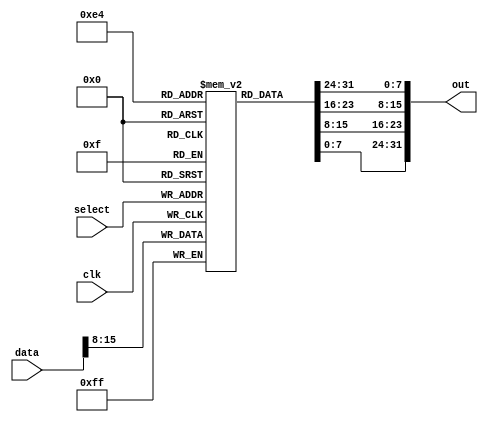
module always_lval_signal_select(
	input         clk,
	input  [1:0]  select,
	input  [15:0] data,
	output [31:0] out
);

reg [7:0] mem [3:0];

always @(posedge clk) begin
	mem[select] <= data[15:08];
end

assign out = {mem[0], mem[1], mem[2], mem[3]};

endmodule